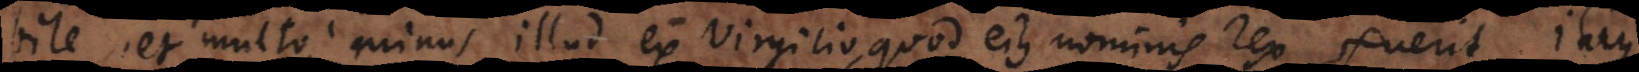
bile, et multo minus illud ex Virgilio, quod ejus nominis rex fuerit. Itaqu